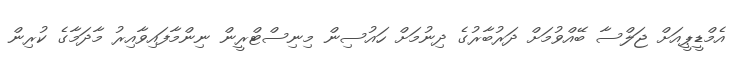
އެމްޑީޕީއަށް ޖަލްސާ ބޭއްވުމަށް ދަރުބާރުގެ ދިނުމަށް ހައުސިން މިނިސްޓްރީން ނިންމާފައިވާއިރު މާދަމާގެ ކުރިން